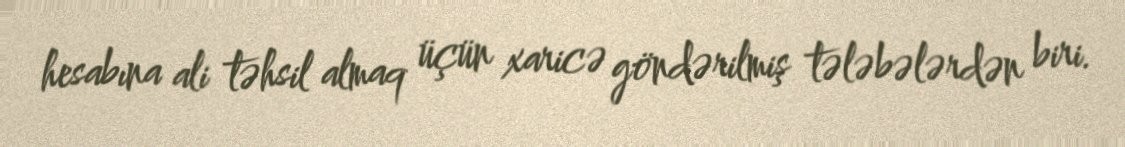
hesabına ali təhsil almaq üçün xaricə göndərilmiş tələbələrdən biri.